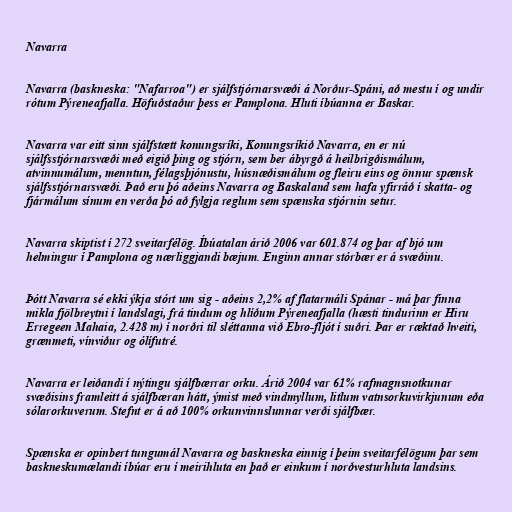
Navarra

Navarra (baskneska: "Nafarroa") er sjálfstjórnarsvæði á Norður-Spáni, að mestu í og undir
rótum Pýreneafjalla. Höfuðstaður þess er Pamplona. Hluti íbúanna er Baskar.

Navarra var eitt sinn sjálfstætt konungsríki, Konungsríkið Navarra, en er nú
sjálfsstjórnarsvæði með eigið þing og stjórn, sem ber ábyrgð á heilbrigðismálum,
atvinnumálum, menntun, félagsþjónustu, húsnæðismálum og fleiru eins og önnur spænsk
sjálfsstjórnarsvæði. Það eru þó aðeins Navarra og Baskaland sem hafa yfirráð í skatta- og
fjármálum sínum en verða þó að fylgja reglum sem spænska stjórnin setur.

Navarra skiptist í 272 sveitarfélög. Íbúatalan árið 2006 var 601.874 og þar af bjó um
helmingur í Pamplona og nærliggjandi bæjum. Enginn annar stórbær er á svæðinu.

Þótt Navarra sé ekki ýkja stórt um sig - aðeins 2,2% af flatarmáli Spánar - má þar finna
mikla fjölbreytni í landslagi, frá tindum og hlíðum Pýreneafjalla (hæsti tindurinn er Hiru
Erregeen Mahaia, 2.428 m) í norðri til sléttanna við Ebro-fljót í suðri. Þar er ræktað hveiti,
grænmeti, vínviður og ólífutré.

Navarra er leiðandi í nýtingu sjálfbærrar orku. Árið 2004 var 61% rafmagnsnotkunar
svæðisins framleitt á sjálfbæran hátt, ýmist með vindmyllum, litlum vatnsorkuvirkjunum eða
sólarorkuverum. Stefnt er á að 100% orkunvinnslunnar verði sjálfbær.

Spænska er opinbert tungumál Navarra og baskneska einnig í þeim sveitarfélögum þar sem
baskneskumælandi íbúar eru í meirihluta en það er einkum í norðvesturhluta landsins.